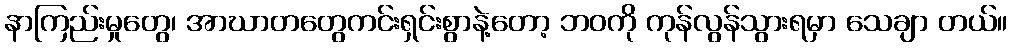
နာကြည်းမှုတွေ၊ အာဃာတတွေကင်းရှင်းစွာနဲ့တော့ ဘဝကို ကုန်လွန်သွားရမှာ သေချာ တယ်။